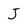
Character: J